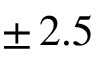
\pm \, 2 . 5